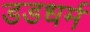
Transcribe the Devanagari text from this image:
डडधर्म